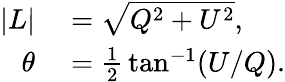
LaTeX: \begin{array}{rl}{|L|}&{{}={\sqrt{Q^{2}+U^{2}}},}\\ {\theta}&{{}={\frac{1}{2}}\tan^{-1}(U/Q).}\end{array}